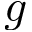
g